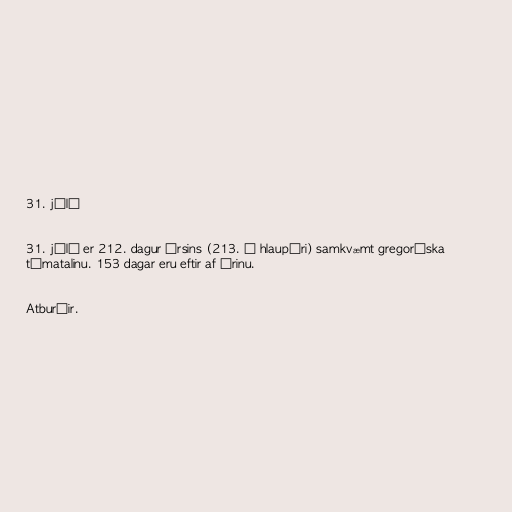
31. júlí

31. júlí er 212. dagur ársins (213. á hlaupári) samkvæmt gregoríska
tímatalinu. 153 dagar eru eftir af árinu.

Atburðir.